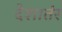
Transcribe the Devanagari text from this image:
देशातंर